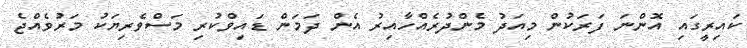
ކައިރީގައި އޮންނަ ފަރަކުން މިއަދު މެންދުރެއްހާއިރު އެން ދަމަން ޑައިވްކުރި މަސްވެރިޔަކު މަރުވެއްޖެ